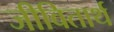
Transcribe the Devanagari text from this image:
जीवितार्थ